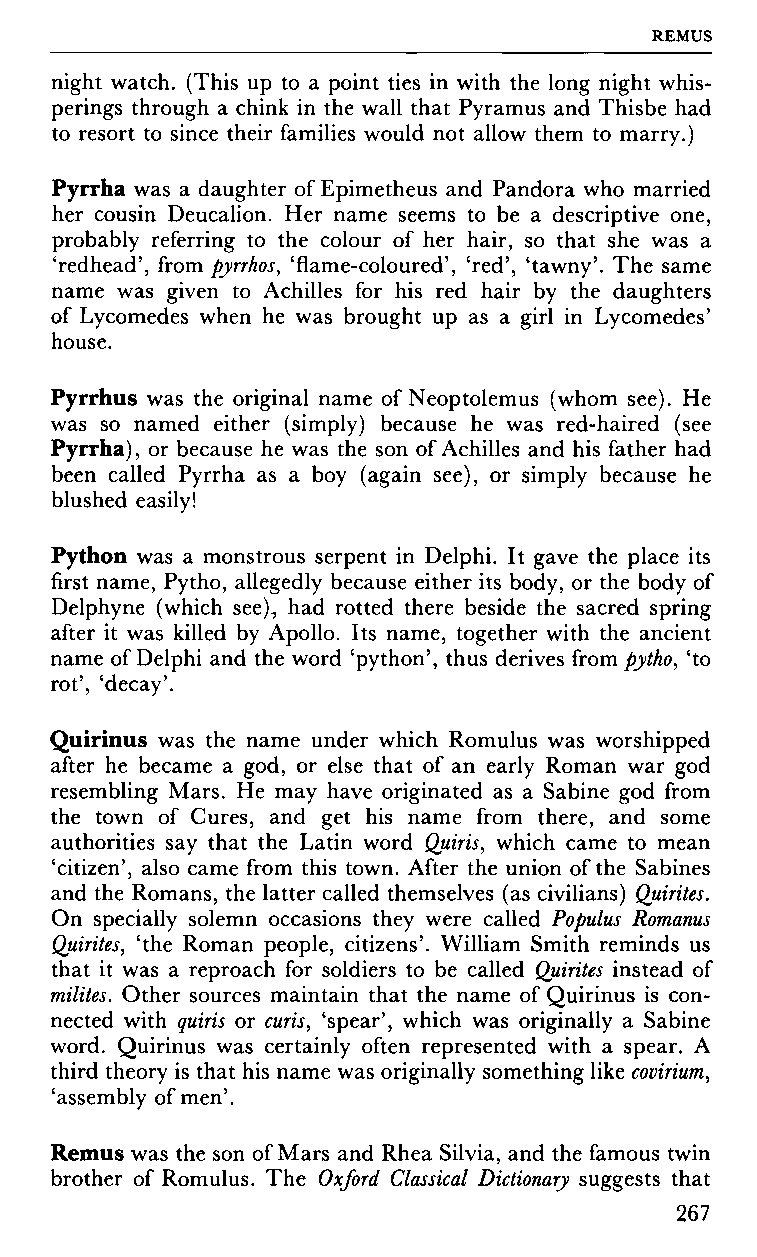
REMUS
 night watch. (This up to a point ties in with the long night whis
 perings through a chink in the wall that Pyramus and Thisbe had
 to resort to since their families would not allow them to marry.)
 Pyrrha was a daughter of Epimetheus and Pandora who married
 her cousin Deucalion. Her name seems to be a descriptive one,
 probably referring to the colour of her hair, so that she was a
 'redhead', from pyrrhos, 'flame-coloured', 'red', 'tawny'. The same
 name was given to Achilles for his red hair by the daughters
 of Lycomedes when he was brought up as a girl in Lycomedes'
 house.
 Pyrrhus was the original name of Neoptolemus (whom see). He
 was so named either (simply) because he was red-haired (see
 Pyrrha), or because he was the son of Achilles and his father had
 been called Pyrrha as a boy (again see), or simply because he
 blushed easily!
 Python was a monstrous serpent in Delphi. It gave the place its
 first name, Pytho, allegedly because either its body, or the body of
 Delphyne (which see), had rotted there beside the sacred spring
 after it was killed by Apollo. Its name, together with the ancient
 name of Delphi and the word 'python', thus derives from pytho, 'to
 rot', 'decay'.
 Quirinus was the name under which Romulus was worshipped
 after he became a god, or else that of an early Roman war god
 resembling Mars. He may have originated as a Sabine god from
 the town of Cures, and get his name from there, and some
 authorities say that the Latin word Quiris, which came to mean
 'citizen', also came from this town. After the union of the Sabines
 and the Romans, the latter called themselves (as civilians) Quirites.
 On specially solemn occasions they were called Populus Romanus
 Çhiirites, 'the Roman people, citizens'. William Smith reminds us
 that it was a reproach for soldiers to be called Quirites instead of
 milites. Other sources maintain that the name of Quirinus is con
 nected with quirts or curis, 'spear', which was originally a Sabine
 word. Quirinus was certainly often represented with a spear. A
 third theory is that his name was originally something like covirium,
 'assembly of men'.
 Remus was the son of Mars and Rhea Silvia, and the famous twin
 brother of Romulus. The Oxford Classical Dictionary suggests that
 267